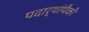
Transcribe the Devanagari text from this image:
पदार्थांपैकी